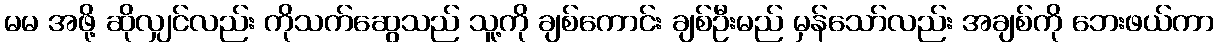
မမ အဖို့ ဆိုလျှင်လည်း ကိုသက်ဆွေသည် သူ့ကို ချစ်ကောင်း ချစ်ဦးမည် မှန်သော်လည်း အချစ်ကို ဘေးဖယ်ကာ